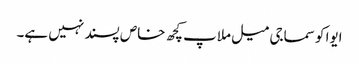
ایوا کو سماجی میل ملاپ کچھ خاص پسند نہیں ہے۔